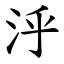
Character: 泘